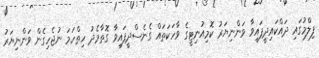
ފިލްމުގައި ދައްކައިދީފައިވާ ވަންނިޔަރު ކޮމިއުނިޓީގެ ވާހަކަތައް ގެނެސްދީފައިވާ ގޮތާމެދު ހިތްހަމަ ނުޖެހިގެން ވަންނިޔަރު